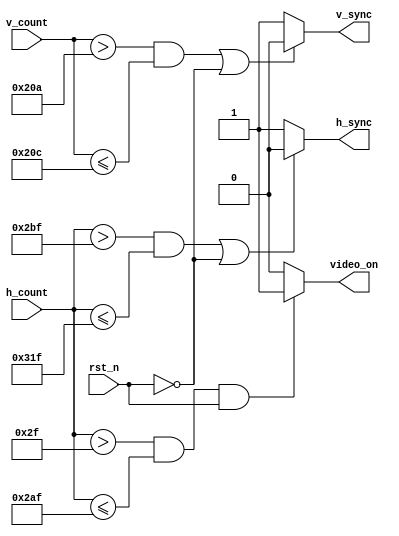
module synchronizer #(parameter h_width=10,v_width=10,h_sync_count=640,v_sync_count=480,
                                right_border=16,left_border=47,
                                top_border=32, bottom_border=10,                            
                                h_retrace=96,v_retrace=2 
                          )
(
    input    [v_width-1:0]v_count,
    input    [h_width-1:0]h_count,
    input    rst_n, //asynchronous negative_reset
    output   h_sync,v_sync,
    output   video_on  
);
   assign  h_sync   = ((h_count>(left_border+h_sync_count+right_border) && h_count<=(left_border+h_sync_count+right_border+h_retrace)) || (!rst_n) )?0:1;
   assign v_sync    = ((v_count>(top_border+v_sync_count+bottom_border) && v_count<=(top_border+v_sync_count+bottom_border+v_retrace))  || (!rst_n) )?0:1;
   assign video_on  = ((h_count>left_border && h_count<=(left_border+h_sync_count)) && (rst_n) )?1:0;



endmodule